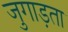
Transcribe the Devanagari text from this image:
जुगाड़ता